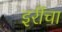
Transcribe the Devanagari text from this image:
इरींचा